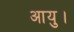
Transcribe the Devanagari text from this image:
आयु।